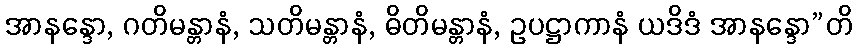
အာနန္ဒော, ဂတိမန္တာနံ, သတိမန္တာနံ, ဓိတိမန္တာနံ, ဥပဋ္ဌာကာနံ ယဒိဒံ အာနန္ဒော”တိ